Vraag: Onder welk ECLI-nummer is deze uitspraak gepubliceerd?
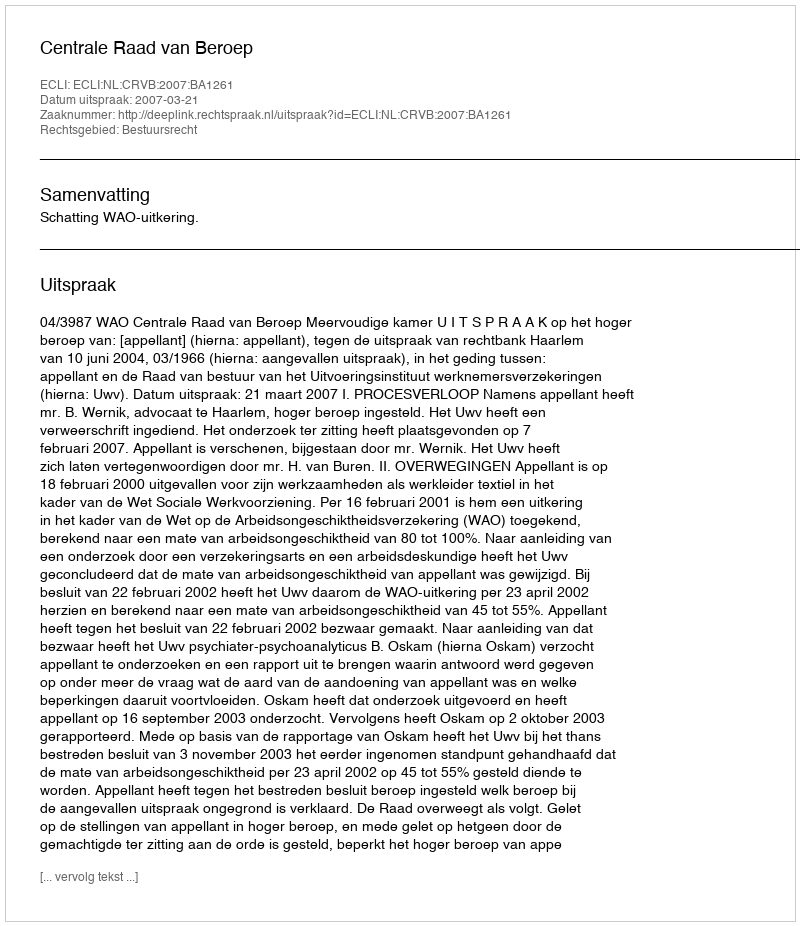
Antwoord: ECLI:NL:CRVB:2007:BA1261